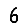
Digit: 6